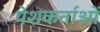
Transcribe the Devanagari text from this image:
पेशकर्ताओं